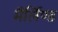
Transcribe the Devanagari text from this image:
मैर्लिण्ड